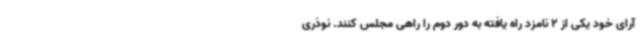
آرای خود یکی از 2 نامزد راه یافته به دور دوم را راهی مجلس کنند. نوذری